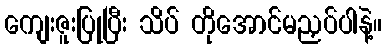
ကျေးဇူးပြုပြီး သိပ် တိုအောင်မညှပ်ပါနဲ့။